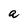
Character: a